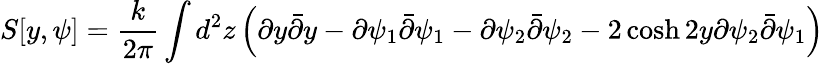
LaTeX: S[y,\psi]=\frac{k}{2\pi}\int d^{2}z\left(\partial y\bar{\partial}y-\partial\psi_{1}\bar{\partial}\psi_{1}-\partial\psi_{2}\bar{\partial}\psi_{2}-2\cosh{2y}\partial\psi_{2}\bar{\partial}\psi_{1}\right)